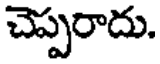
చెప్పరాదు.